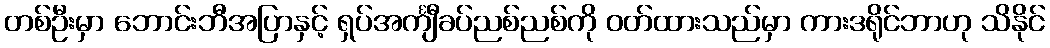
တစ်ဦးမှာ ဘောင်းဘီအပြာနှင့် ရှပ်အင်္ကျီခပ်ညစ်ညစ်ကို ဝတ်ထားသည်မှာ ကားဒရိုင်ဘာဟု သိနိုင်